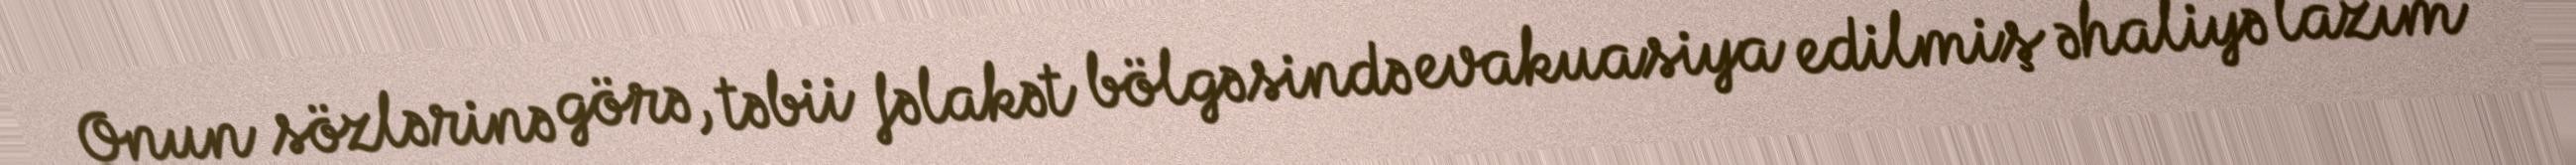
Onun sözlərinə görə, təbii fəlakət bölgəsində evakuasiya edilmiş əhaliyə lazım